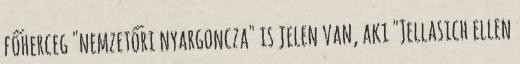
főherceg "nemzetőri nyargoncza" is jelen van, aki "Jellasich ellen